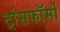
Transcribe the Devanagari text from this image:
ट्रांसफॉर्मों